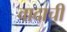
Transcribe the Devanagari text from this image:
वादाचीं